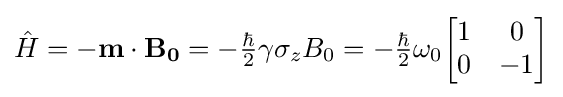
{\hat {H}}=-\mathbf {m} \cdot \mathbf {B_{0}} =-{\tfrac {\hbar }{2}}\gamma \sigma _{z}B_{0}=-{\tfrac {\hbar }{2}}\omega _{0}{\begin{bmatrix}1&0\\0&-1\end{bmatrix}}